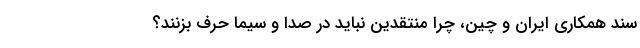
سند همکاری ایران و چین، چرا منتقدین نباید در صدا و سیما حرف بزنند؟